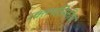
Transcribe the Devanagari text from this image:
रक्तनलिकीय